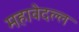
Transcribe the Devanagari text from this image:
महावेदल्ल